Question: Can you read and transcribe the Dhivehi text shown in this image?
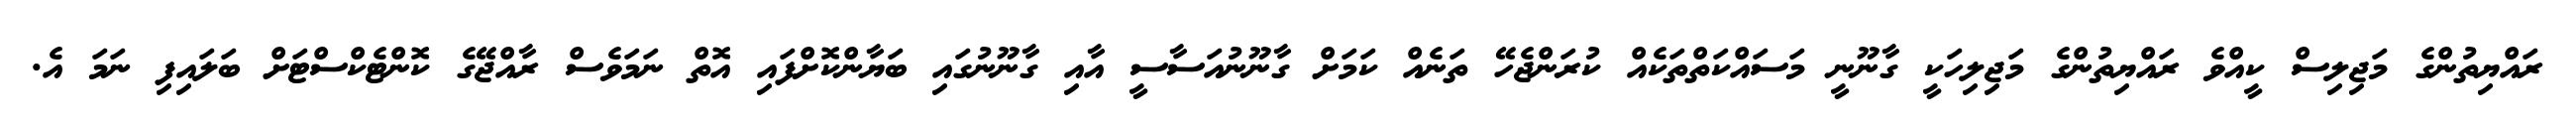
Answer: ރައްޔިތުންގެ މަޖިލިސް ކީއްވެ ރައްޔިތުންގެ މަޖިލިހަކީ ގާނޫނީ މަސައްކަތްތަކެއް ކުރަންޖެހޭ ތަނެއް ކަމަށް ގާނޫނުއަސާސީ އާއި ގާނޫނުގައި ބަޔާންކޮށްފައި އޮތް ނަމަވެސް ރާއްޖޭގެ ކޮންޓެކްސްޓަށް ބަލައިފި ނަމަ އެ.